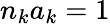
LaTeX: n_{k}a_{k}=1